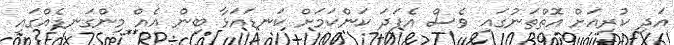
އަދި ކުރިއަށް އޮތްތަނުގައި ވެސް އެފަދަ ކަންކަމަށް ކަނޑައަޅާ ބިން އެއް މިންގަނޑެއްގައި